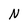
Character: N